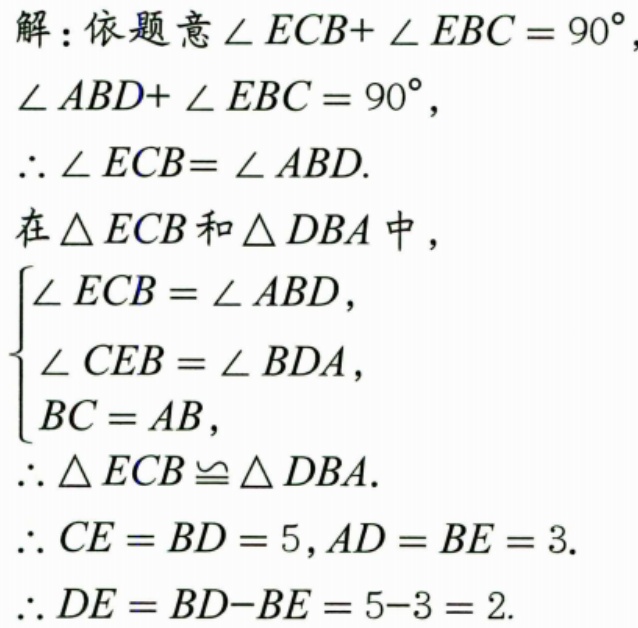
解：依题意\(\angle ECB + \angle EBC = 90^{\circ}\)，
\(\angle ABD + \angle EBC = 90^{\circ}\)，
\(\therefore \angle ECB = \angle ABD\).
在\(\triangle ECB\)和\(\triangle DBA\)中，
\(\begin{cases}
\angle ECB = \angle ABD,\\
\angle CEB = \angle BDA,\\
BC = AB,
\end{cases}\)
\(\therefore \triangle ECB\cong\triangle DBA\).
\(\therefore CE = BD = 5, AD = BE = 3\).
\(\therefore DE = BD - BE = 5 - 3 = 2\).